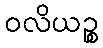
ဝလိယဉ္စ